Lunatic asylums Madras 1877-1891 - 1877-1891
Year: 1877
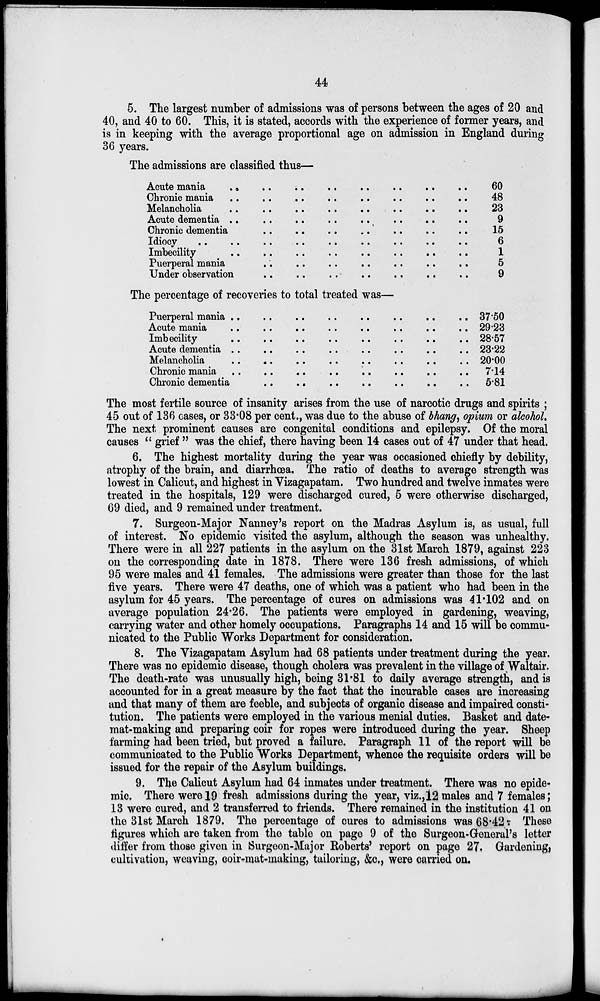
44
5. The largest number of admissions was of persons between the ages of 20 and
40, and 40 to 60. This, it is stated, accords with the experience of former years, and
is in keeping with the average proportional age on admission in England during
36 years.
The admissions are classified thus—
Acute mania
..
..
..
..
..
..
..
..
..
..
Chronic mania
..
..
..
..
..
..
..
..
..
..
Melancholia .. .. .. .. .. .. .. .. .. ..
Acute dementia .. .. .. .. .. .. .. .. .. ..
Chronic dementia .. .. .. .. .. .. .. .. .. ..
Idiocy .. .. .. .. .. .. .. .. .. ..
Imbecility
..
..
..
..
..
..
..
..
..
..
Puerperal mania .. .. .. .. .. .. .. .. .. ..
Under observation .. .. .. .. .. .. .. .. .. ..
60
48
23
9
15
6
1
5
9
The percentage of recoveries to total treated was—
Puerperal mania
..
..
..
..
..
..
..
..
..
..
Acute mania
..
..
..
..
..
..
..
..
..
..
Imbecility
..
..
..
..
..
..
..
..
..
..
Acute dementia .. .. .. .. .. .. .. .. .. ..
Melancholia .. .. .. .. .. .. .. .. .. ..
Chronic mania .. .. .. .. .. .. .. .. .. ..
Chronic dementia .. .. .. .. .. .. .. .. .. ..
37.50
29.23
28.57
23.22
20.00
7.14
5.81
The most fertile source of insanity arises from the use of narcotic drugs and spirits ;
45 out of 136 cases, or 33.08 per cent., was due to the abuse of bhang, opium or alcohol.
The next prominent causes are congenital conditions and epilepsy. Of the moral
causes " grief " was the chief, there having been 14 cases out of 47 under that head.
6. The highest mortality during the year was occasioned chiefly by debility,
atrophy of the brain, and diarrhœa. The ratio of deaths to average strength was
lowest in Calicut, and highest in Vizagapatam. Two hundred and twelve inmates were
treated in the hospitals, 129 were discharged cured, 5 were otherwise discharged,
69 died, and 9 remained under treatment.
7. Surgeon-Major Nanney's report on the Madras Asylum is, as usual, full
of interest. No epidemic visited the asylum, although the season was unhealthy.
There were in all 227 patients in the asylum on the 31st March 1879, against 223
on the corresponding date in 1878. There were 136 fresh admissions, of which
95 were males and 41 females. The admissions were greater than those for the last
five years. There were 47 deaths, one of which was a patient who had been in the
asylum for 45 years. The percentage of cures on admissions was 41.102 and on
average population 24.26. The patients were employed in gardening, weaving,
carrying water and other homely occupations. Paragraphs 14 and 15 will be commu-
nicated to the Public Works Department for consideration.
8. The Vizagapatam Asylum had 68 patients under treatment during the year.
There was no epidemic disease, though cholera was prevalent in the village of Waltair.
The death-rate was unusually high, being 31.81 to daily average strength, and is
accounted for in a great measure by the fact that the incurable cases are increasing
and that many of them are feeble, and subjects of organic disease and impaired consti-
tution. The patients were employed in the various menial duties. Basket and date-
mat-making and preparing coir for ropes were introduced during the year. Sheep
farming had been tried, but proved a failure. Paragraph 11 of the report will be
communicated to the Public Works Department, whence the requisite orders will be
issued for the repair of the Asylum buildings.
9. The Calicut Asylum had 64 inmates under treatment. There was no epide-
mic, There were 19 fresh admissions during the year, viz.,12 males and 7 females;
13 were cured, and 2 transferred to friends. There remained in the institution 41 on
the 31st March 1879. The percentage of cures to admissions was 68.42. These
figures which are taken from the table on page 9 of the Surgeon-General's letter
differ from those given in Surgeon-Major Roberts' report on page 27. Gardening ,
cultivation, weaving, coir-mat-making, tailoring, &c., were carried on.